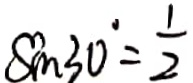
\sin 3 0 ^ { \circ } = \frac { 1 } { 2 }